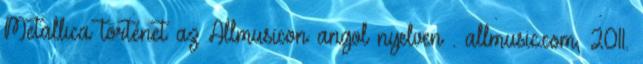
Metallica történet az Allmusicon angol nyelven . allmusic.com, 2011.